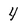
Character: 4